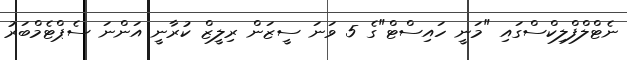
ނެޓްލްފްލިކްސްގައި "މަނީ ހައިސްޓް"ގެ 5 ވަނަ ސީޒަން ރިލީޒް ކުރާނީ އަންނަ ސެޕްޓެމްބަރު